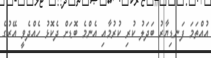
އުއްތަމަ ފަނޑިޔާރު ބަދަލު ކުރި ކުރުމާއި އެންމެ ބޮޑަށް ދެކޮޅު ހެއްދެވީ އޭރުގެ